Civil Veterinary Department ledger series I-VI
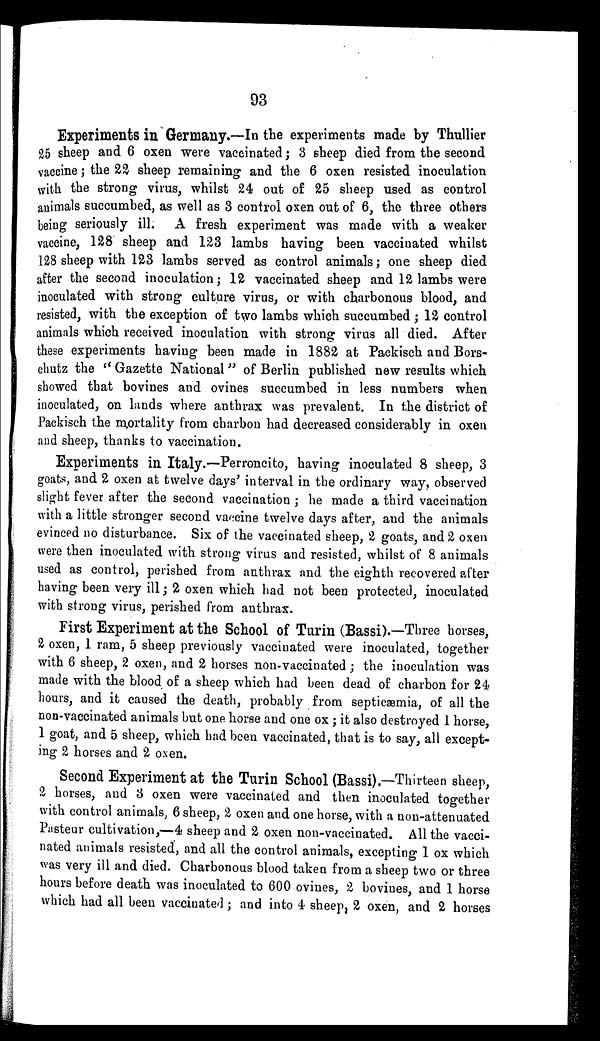
93
Experiments in Germany.—In the experiments made by Thullier
25 sheep and 6 oxen were vaccinated; 3 sheep died from the second
vaccine; the 22 sheep remaining and the 6 oxen resisted inoculation
with the strong virus, whilst 24 out of 25 sheep used as control
animals succumbed, as well as 3 control oxen out of 6, the three others
being seriously ill. A fresh experiment was made with a weaker
vaccine, 128 sheep and 123 lambs having been vaccinated whilst
128 sheep with 123 lambs served as control animals; one sheep died
after the second inoculation; 12 vaccinated sheep and 12 lambs were
inoculated with strong culture virus, or with charbonous blood, and
resisted, with the exception of two lambs which succumbed; 12 control
animals which received inoculation with strong virus all died. After
these experiments having been made in 1882 at Packisch and Bors-
chutz the "Gazette National" of Berlin published new results which
showed that bovines and ovines succumbed in less numbers when
inoculated, on lands where anthrax was prevalent. In the district of
Packisch the mortality from charbon had decreased considerably in oxen
and sheep, thanks to vaccination.
Experiments in Italy.—Perroneito, having inoculated 8 sheep, 3
goats, and 2 oxen at twelve days' interval in the ordinary way, observed
slight fever after the second vaccination; he made a third vaccination
with a little stronger second vaccine twelve days after, and the animals
evinced no disturbance. Six of the vaccinated sheep, 2 goats, and 2 oxen
were then inoculated with strong virus and resisted, whilst of 8 animals
used as control, perished from anthrax and the eighth recovered after
having been very ill; 2 oxen which had not been protected, inoculated
with strong virus, perished from anthrax.
First Experiment at the School of Turin (Bassi).—Three horses,
2 oxen, 1 ram, 5 sheep previously vaccinated were inoculated, together
with 6 sheep, 2 oxen, and 2 horses non-vaccinated; the inoculation was
made with the blood of a sheep which had been dead of charbon for 24
hours, and it caused the death, probably from septicæmia, of all the
non-vaccinated animals but one horse and one ox; it also destroyed 1 horse,
1 goat, and 5 sheep, which had been vaccinated, that is to say, all except-
ing 2 horses and 2 oxen.
Second Experiment at the Turin School (Bassi).—Thirteen sheep,
2 horses, and 3 oxen were vaccinated and then inoculated together
with control animals, 6 sheep, 2 oxen and one horse, with a non-attenuated
Pasteur cultivation,—4 sheep and 2 oxen non-vaccinated. All the vacci-
nated animals resisted, and all the control animals, excepting 1 ox which
was very ill and died. Charbonous blood taken from a sheep two or three
hours before death was inoculated to 600 ovines, 2 bovines, and 1 horse
which had all been vaccinated; and into 4 sheep, 2 oxen, and 2 horses